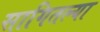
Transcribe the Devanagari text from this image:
सागितल्या